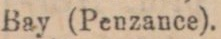
Bay (Penzance).